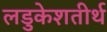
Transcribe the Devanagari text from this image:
लडुकेशतीर्थ